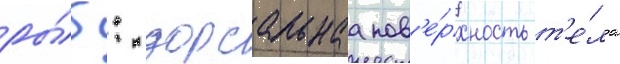
ры́б: дорсальнаа пов'е́рхность т'е́ла